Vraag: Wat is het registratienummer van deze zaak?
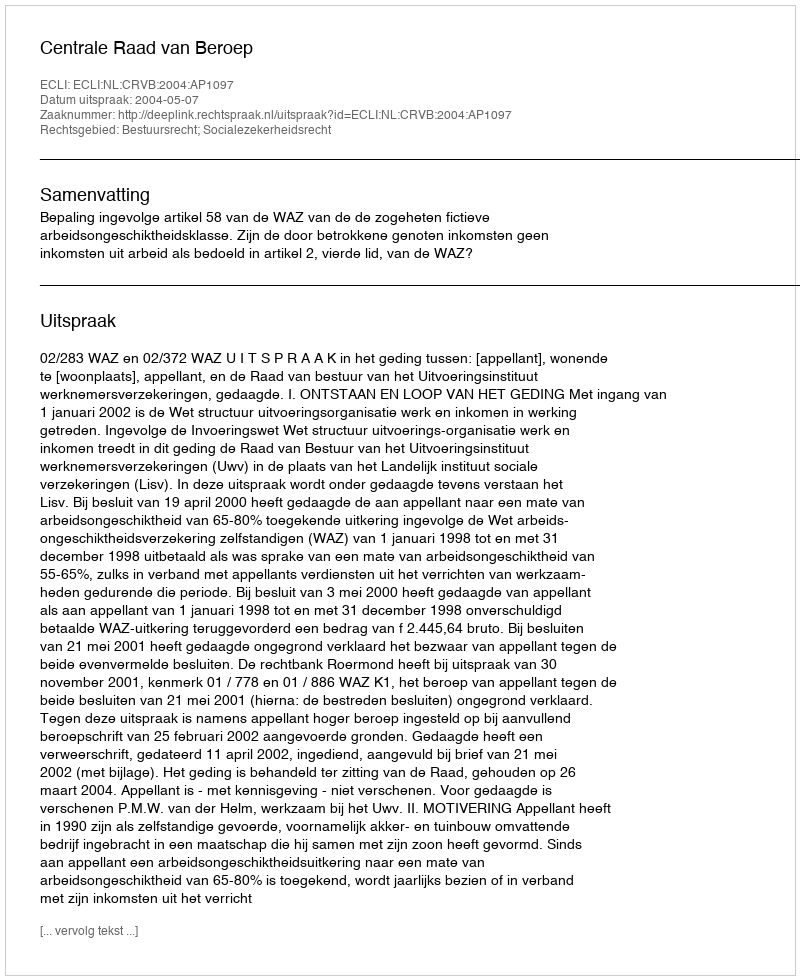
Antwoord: http://deeplink.rechtspraak.nl/uitspraak?id=ECLI:NL:CRVB:2004:AP1097